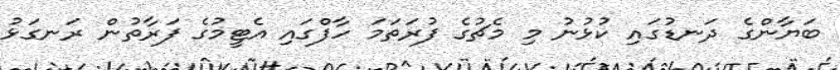
ބަޔާންގެ ދަނޑުގައި ކުޅުނު މި މެޗުގެ ފުރަތަމަ ހާފްގައި އެޓީމުގެ ފަރާތުން ރަނގަޅު